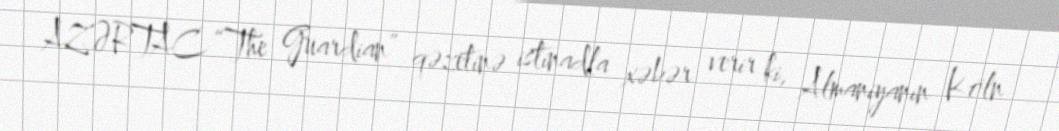
AZƏRTAC “The Guardian” qəzetinə istinadla xəbər verir ki, Almaniyanın Köln